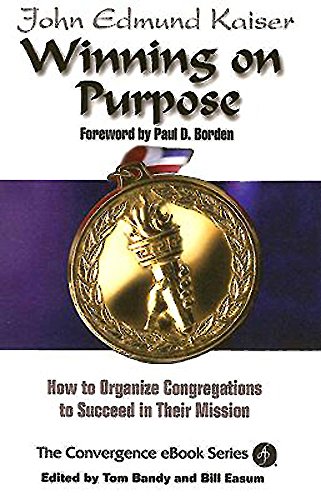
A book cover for Winning On Purpose: How To Organize Congregations to Succeed in Their Mission (Convergence Ebook Series); John Edmund Kaiser; Christian Books & Bibles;